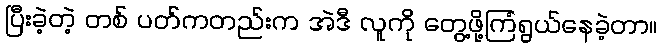
ပြီးခဲ့တဲ့ တစ် ပတ်ကတည်းက အဲဒီ လူကို တွေ့ဖို့ကြံရွယ်နေခဲ့တာ။